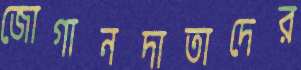
জোগানদাতাদের